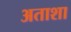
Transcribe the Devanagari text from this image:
अताशा